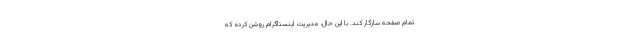
تمام صفحه سازگار کند. با این حال، مدیریت اینستاگرام روشن کرده که